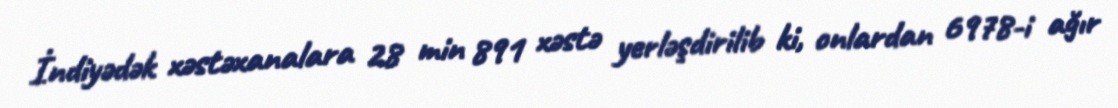
İndiyədək xəstəxanalara 28 min 891 xəstə yerləşdirilib ki, onlardan 6978-i ağır